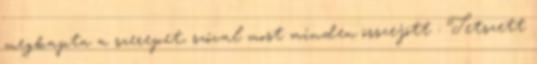
megkapta a szerepet, szóval most minden összejött : Tetszett